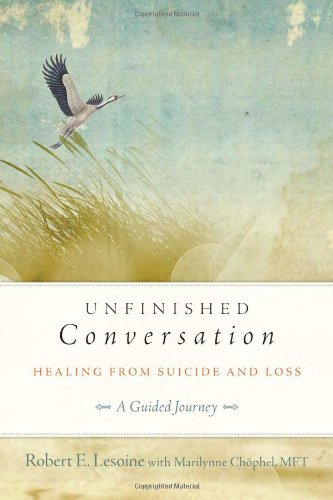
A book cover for Unfinished Conversation: Healing from Suicide and Loss; Robert Lesoine; Self-Help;